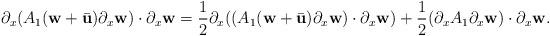
LaTeX: \begin{align*}\partial_{x}(A_{1}(\textbf{w}+\bar{\textbf{u}})\partial_{x}\textbf{w}) \cdot \partial_{x} \textbf{w} = \frac{1}{2}\partial_{x}((A_{1}(\textbf{w}+\bar{\textbf{u}})\partial_{x}\textbf{w}) \cdot \partial_{x}\textbf{w}) + \frac{1}{2}(\partial_{x}A_{1}\partial_{x}\textbf{w}) \cdot \partial_{x} \textbf{w}.\end{align*}